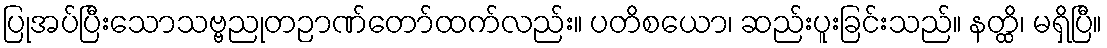
ပြုအပ်ပြီးသောသဗ္ဗညုတဉာဏ်တော်ထက်လည်း။ ပတိစယော၊ ဆည်းပူးခြင်းသည်။ နတ္ထိ၊ မရှိပြီ။